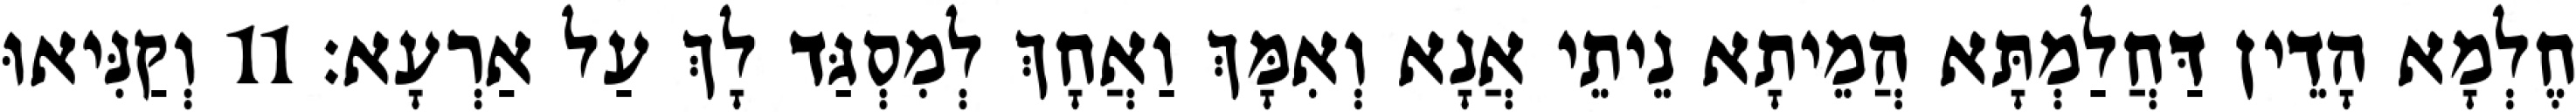
חֶלְמָא הָדֵין דַּחֲלַמְתָּא הֲמֵיתָא נֵיתֵי אֲנָא וְאִמָּךְ וַאֲחָךְ לְמִסְגַּד לָךְ עַל אַרְעָא׃ 11 וְקַנִּיאוּ